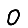
Digit: 0